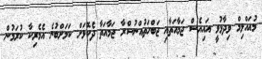
މުއައްލިމް ވިދާޅުވީ އައިއެސް ޖަމާއަތާއި ޖަބްހަތުއްނުސްރާ ޖަމާއަތާ ދެކޮޅަށް ކަމަށްބުނެ އެމެރިކާ ކުރަމުން